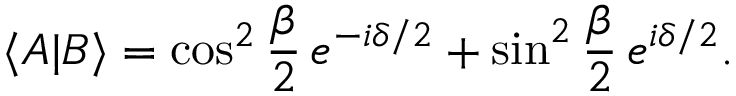
\langle A | B \rangle = \cos ^ { 2 } { \frac { \beta } { 2 } } \, e ^ { - i \delta / 2 } + \sin ^ { 2 } { \frac { \beta } { 2 } } \, e ^ { i \delta / 2 } .